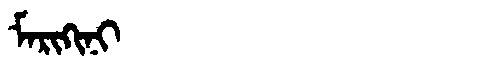
Manchu: ᠮᠠᡵᡳᡴᡳᠨᡳ
Romanization: MARIKINI